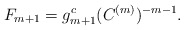
\begin{align*} F_{m+1} = g_{m+1}^{c}(C^{(m)})^{-m-1}.\end{align*}